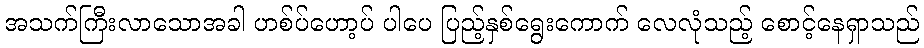
အသက်ကြီးလာသောအခါ ဟစ်ပ်ဟော့ပ် ပါပေ ပြည့်နှစ်ရွေးကောက် လေလုံသည့် စောင့်နေရှာသည်